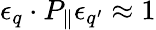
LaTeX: \epsilon_{q}\cdot P_{\parallel}\epsilon_{q^{\prime}}\approx 1